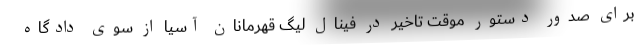
برای صدور دستور موقت تاخیر در فینال لیگ قهرمانان آسیا از سوی دادگاه